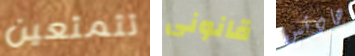
تتمتعين قانونى هادئين